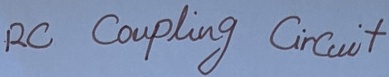
Text: RC Coupling Circuit